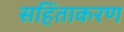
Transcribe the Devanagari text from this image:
सहिंताकरण